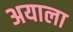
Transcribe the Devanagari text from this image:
अयाला